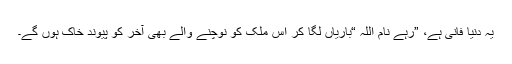
یہ دنیا فانی ہے، ”رہے نام اللہ “باریاں لگا کر اس ملک کو نوچنے والے بھی آخر کو پیوند خاک ہوں گے۔